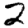
Digit: 2